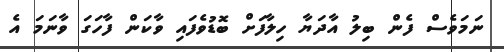
ނަމަވެސް ފެން ބިލު އާދަޔާ ހިލާފަށް ބޮޑުވެފައި ވާކަން ފާހަގަ ވާނަމަ އެ